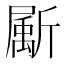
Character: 𣃁